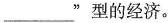
___”型的经济。